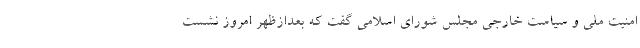
امنیت ملی و سیاست خارجی مجلس شورای اسلامی گفت که بعدازظهر امروز نشست